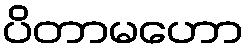
ပိတာမဟော